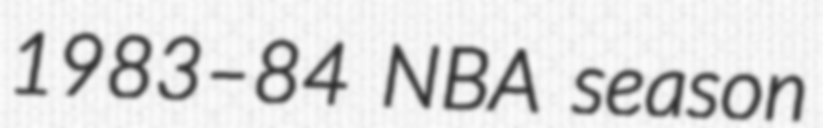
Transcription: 1983–84 NBA season